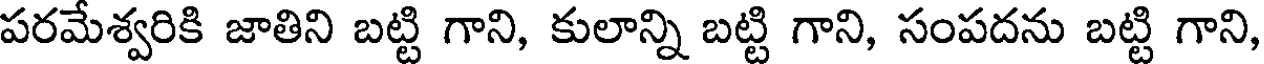
పరమేశ్వరికి జాతిని బట్టి గాని, కులాన్ని బట్టి గాని, సంపదను బట్టి గాని,